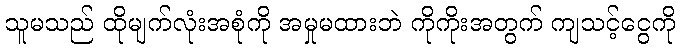
သူမသည် ထိုမျက်လုံးအစုံကို အမှုမထားဘဲ ကိုကိုးအတွက် ကျသင့်ငွေကို